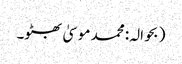
(بحوالہ: محمد موسیٰ بھٹو۔